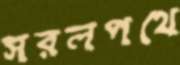
সরলপথে